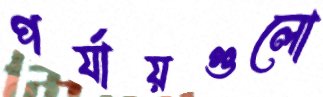
পর্যায়গুলো